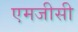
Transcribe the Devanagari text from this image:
एमजीसी